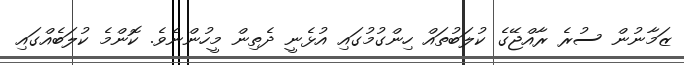
ޒަމާނުން ސުރެ ރާއްޖޭގެ ކުލަބުތައް ހިންގުމުގައި އުޅެނީ ދެތިން މީހުންނެވެ. ކޮންމެ ކުލަބެއްގައި